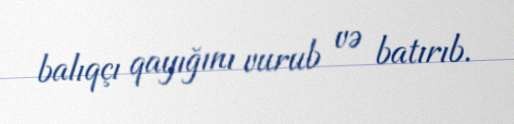
balıqçı qayığını vurub və batırıb.